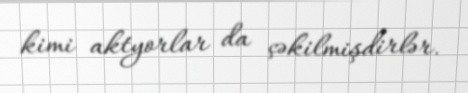
kimi aktyorlar da çəkilmişdirlər.